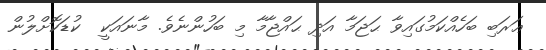
ޢަރަބި ބަހެއްކަމުގައިވާ ޙަޖަމާ އަދި ޙައްޖާމާ މި ބަހުންނެވެ. މާނައަކީ  ކުޑަކޮށްލުން